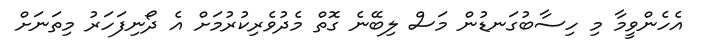
އެހެންވީމާ މި ހިސާބުގަނޑުން މަސް ލިބޭނެ ގޮތް މެދުވެރިކުރުމަށް އެ ދޯނިފަހަރު މިތަނަށް